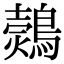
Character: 𪄗